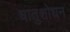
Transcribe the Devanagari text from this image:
धातुशोधन